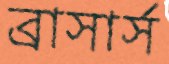
ব্রাসার্স